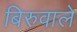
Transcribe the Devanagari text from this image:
बिरुवाले